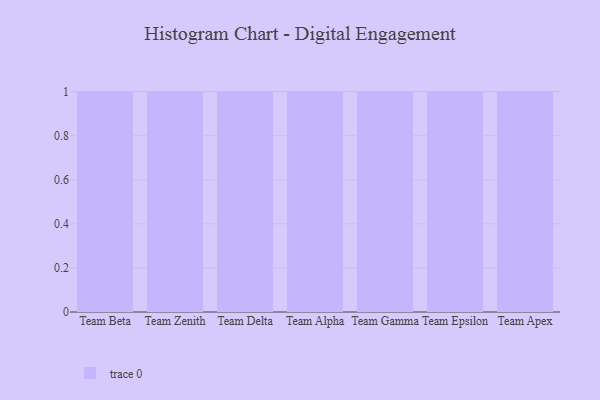
{"axis": {"x": "Team", "y": "Inventory Turnover"}, "legend": [""], "data": [{"x": "Team Beta", "y": 12, "type": ""}, {"x": "Team Zenith", "y": 44, "type": ""}, {"x": "Team Delta", "y": 28, "type": ""}, {"x": "Team Alpha", "y": 91, "type": ""}, {"x": "Team Gamma", "y": 5, "type": ""}, {"x": "Team Epsilon", "y": 27, "type": ""}, {"x": "Team Apex", "y": 4, "type": ""}]}